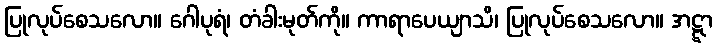
ပြုလုပ်စေသလော။ ဂေါပုရံ၊ တံခါးမုတ်ကို။ ကာရာပေယျာသိ၊ ပြုလုပ်စေသလော။ အဋ္ဋာ